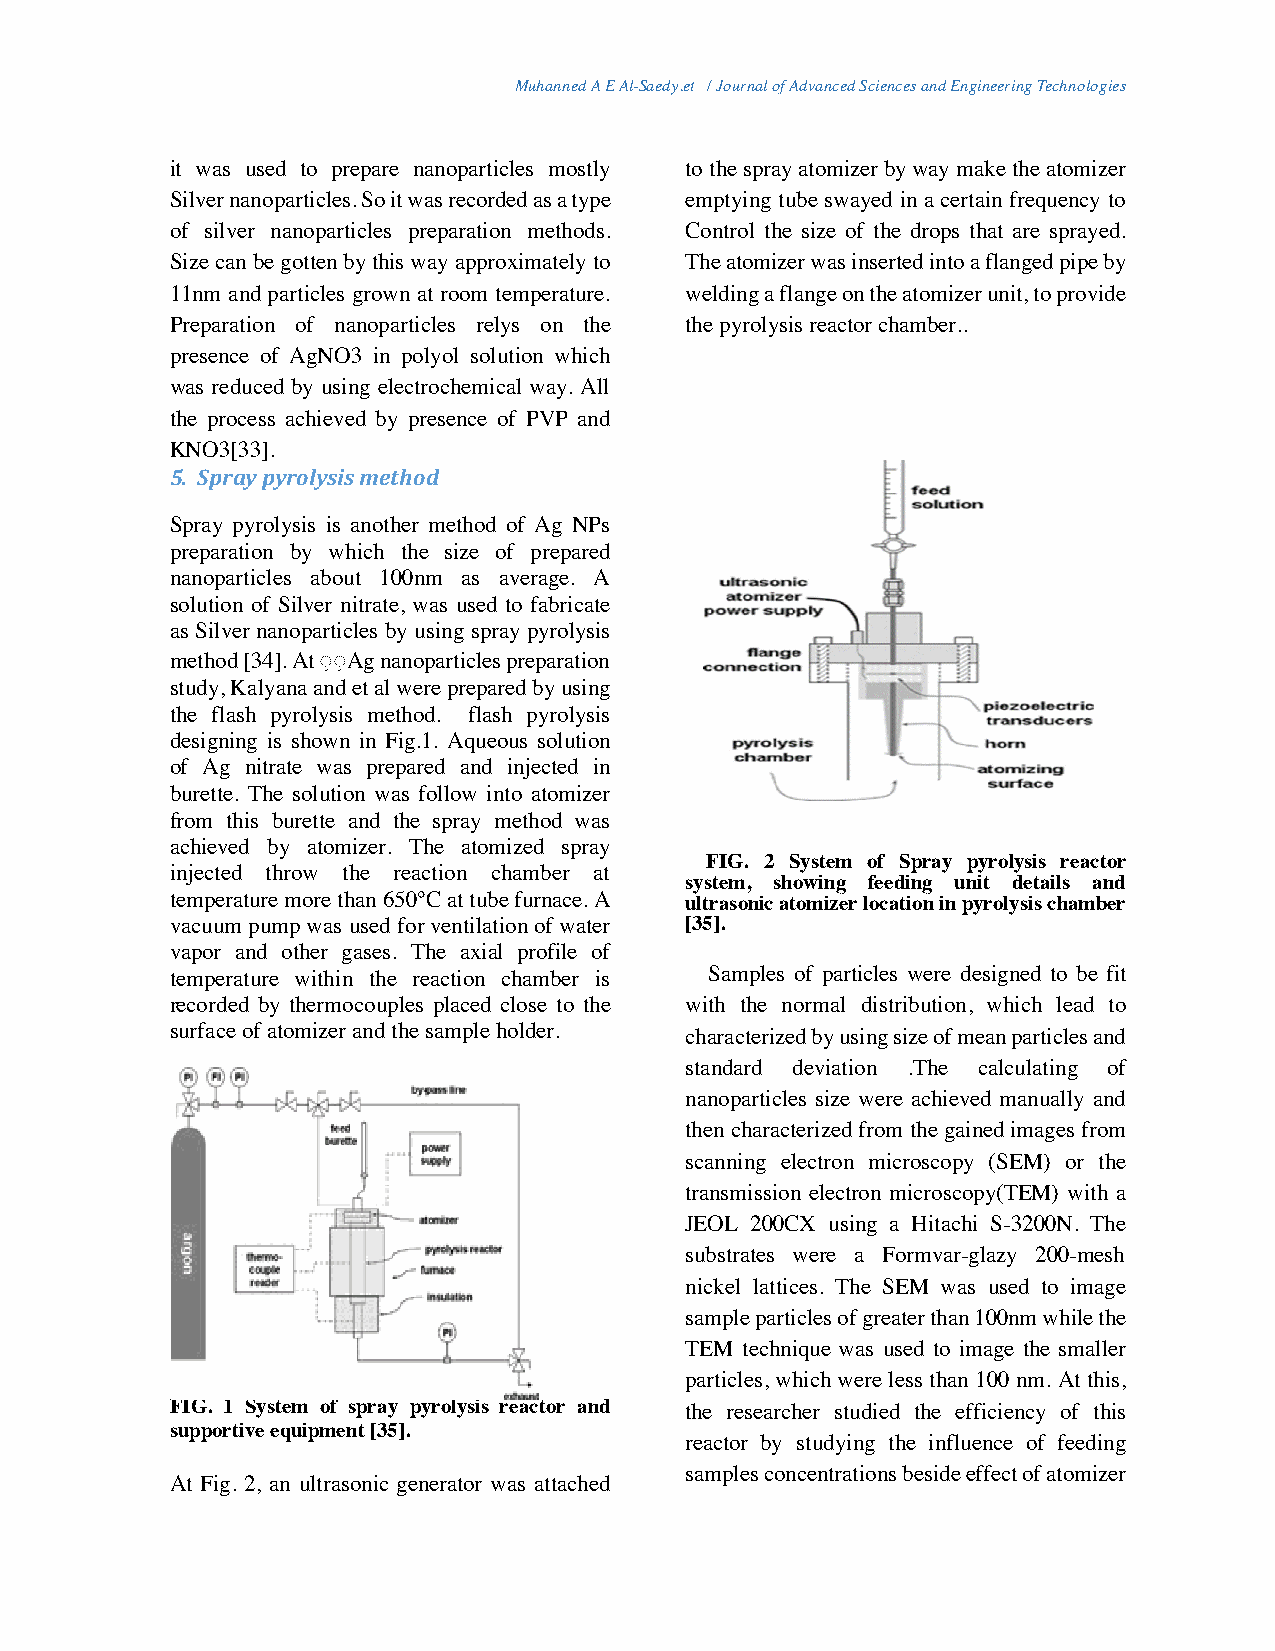
Muhanned A E Al-Saedy.et / Journal of Advanced Sciences and Engineering Technologies
 it was used to prepare nanoparticles mostly to the spray atomizer by way make the atomizer
 Silver nanoparticles. So it was recorded as a type emptying tube swayed in a certain frequency to
 of silver nanoparticles preparation methods. Control the size of the drops that are sprayed.
 Size can be gotten by this way approximately to The atomizer was inserted into a flanged pipe by
 11nm and particles grown at room temperature. welding a flange on the atomizer unit, to provide
 Preparation of nanoparticles relys on the the pyrolysis reactor chamber..
 presence of AgNO3 in polyol solution which
 was reduced by using electrochemical way. All
 the process achieved by presence of PVP and
 KNO3[33].
 5. Spray pyrolysis method
 Spray pyrolysis is another method of Ag NPs
 preparation by which the size of prepared
 nanoparticles about 100nm as average. A
 solution of Silver nitrate, was used to fabricate
 as Silver nanoparticles by using spray pyrolysis
 method [34]. At ◌ِ ◌ِ Ag nanoparticles preparation
 study, Kalyana and et al were prepared by using
 the flash pyrolysis method. flash pyrolysis
 designing is shown in Fig.1. Aqueous solution
 of Ag nitrate was prepared and injected in
 burette. The solution was follow into atomizer
 from this burette and the spray method was
 achieved by atomizer. The atomized spray
 FIG. 2 System of Spray pyrolysis reactor
 injected throw the reaction chamber at
 system, showing feeding unit details and
 temperature more than 650°C at tube furnace. A ultrasonic atomizer location in pyrolysis chamber
 vacuum pump was used for ventilation of water [35].
 vapor and other gases. The axial profile of
 temperature within the reaction chamber is Samples of particles were designed to be fit
 recorded by thermocouples placed close to the with the normal distribution, which lead to
 surface of atomizer and the sample holder. characterized by using size of mean particles and
 standard deviation .The calculating of
 nanoparticles size were achieved manually and
 then characterized from the gained images from
 scanning electron microscopy (SEM) or the
 transmission electron microscopy(TEM) with a
 JEOL 200CX using a Hitachi S-3200N. The
 substrates were a Formvar-glazy 200-mesh
 nickel lattices. The SEM was used to image
 sample particles of greater than 100nm while the
 TEM technique was used to image the smaller
 particles, which were less than 100 nm. At this,
 FIG. 1 System of spray pyrolysis reactor and the researcher studied the efficiency of this
 supportive equipment [35].
 reactor by studying the influence of feeding
 samples concentrations beside effect of atomizer
 At Fig. 2, an ultrasonic generator was attached